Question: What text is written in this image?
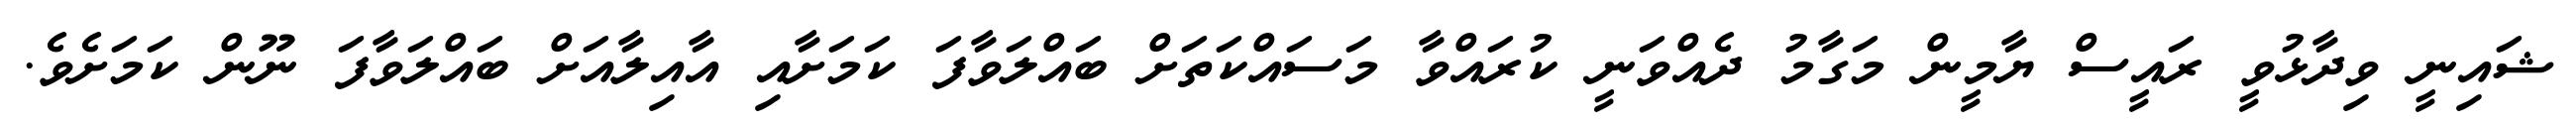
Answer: ޝައިނީ ވިދާޅުވީ ރައީސް ޔާމީން މަގާމު ދެއްވަނީ ކުރައްވާ މަސައްކަތަށް ބައްލަވާފަ ކަމަށާއި އާއިލާއަށް ބައްލަވާފަ ނޫން ކަމަށެވެ.